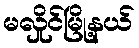
မလှိုင်မြို့နယ်